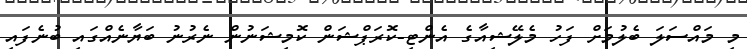
މި މައްސަލަ ބެލުމަށް ފަހު މެލޭޝިއާގެ އެންޓި-ކޮރަޕްޝަން ކޮމިޝަނުން ނެރުނު ބަޔާނެއްގައި ބުނެފަައި